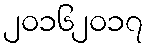
၂၀၁၆၂၀၁၇